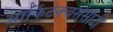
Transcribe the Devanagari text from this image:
आर्किटेक्चर्ससाठी